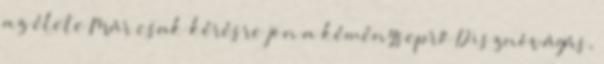
az élete Már csak kérésre jön a kéményseprő Disznóvágás,